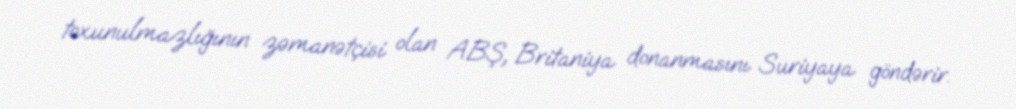
toxunulmazlığının zəmanətçisi olan ABŞ, Britaniya donanmasını Suriyaya göndərir.